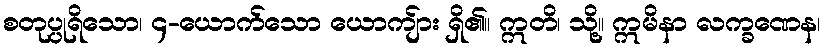
စတုပ္ပုရိသော၊ ၄-ယောက်သော ယောကျ်ား ရှိ၏။ ဣတိ၊ သို့။ ဣမိနာ လက္ခဏေန၊